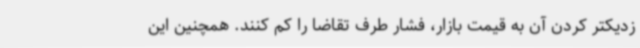
زدیکتر کردن آن به قیمت بازار، فشار طرف تقاضا را کم کنند. همچنین این